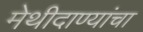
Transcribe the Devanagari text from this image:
मेथीदाण्यांचा